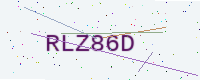
Text: RLZ86D